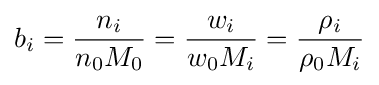
b_{i}={\frac {n_{i}}{n_{0}M_{0}}}={\frac {w_{i}}{w_{0}M_{i}}}={\frac {\rho _{i}}{\rho _{0}M_{i}}}